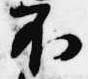
不